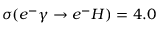
\sigma ( e ^ { - } \gamma \rightarrow e ^ { - } H ) = 4 . 0